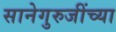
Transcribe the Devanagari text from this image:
सानेगुरुजींच्या